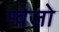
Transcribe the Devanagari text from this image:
म्वेजो